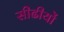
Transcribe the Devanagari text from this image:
सीढीयों